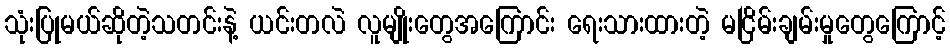
သုံးပြုမယ်ဆိုတဲ့သတင်းနဲ့ ယင်းတလဲ လူမျိုးတွေအကြောင်း ရေးသားထားတဲ့ မငြိမ်းချမ်းမှုတွေကြောင့်